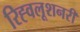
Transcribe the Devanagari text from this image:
रिह्वलूशनरी